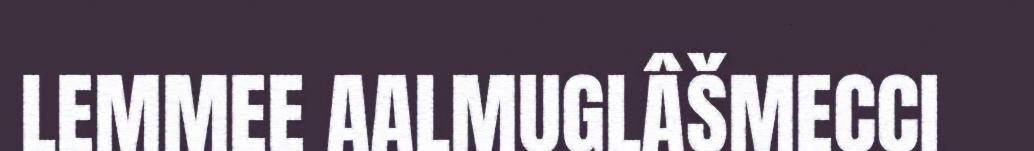
LEMMEE AALMUGLÂŠMECCI